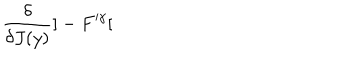
\frac { \delta } { \delta J ( y ) } ] - F ^ { \gamma } [